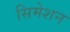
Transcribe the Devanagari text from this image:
सिमेशन